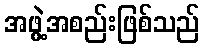
အဖွဲ့အစည်းဖြစ်သည်